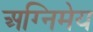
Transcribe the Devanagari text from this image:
अग्‍निमेय